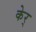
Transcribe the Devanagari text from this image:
केर्